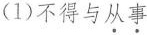
(1)不得与从事